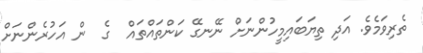
ތެރިވަމެވެ. އަދި ތިޔަބައިމީހުންނަށް ނޭނގޭ ކަންތައްތައް  ގެ  ން އަހުރެންނަށް